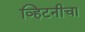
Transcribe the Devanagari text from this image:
व्हिटनीचा